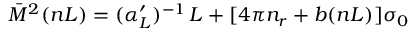
\bar { M } ^ { 2 } ( n L ) = ( \alpha _ { L } ^ { \prime } ) ^ { - 1 } \, L + [ 4 \pi n _ { r } + b ( n L ) ] \sigma _ { 0 }